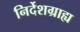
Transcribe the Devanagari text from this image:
निर्देशग्राह्य